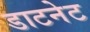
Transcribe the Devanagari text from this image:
डाटनेट